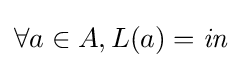
\forall a\in A,L(a)={\mathit {in}}